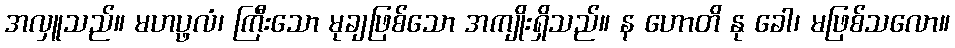
အလှူသည်။ မဟပ္ဖလံ၊ ကြီးသော မုချဖြစ်သော အကျိုးရှိသည်။ န ဟောတိ နု ခေါ၊ မဖြစ်သလော။